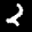
Label: 2